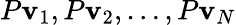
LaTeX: P\mathbf{v}_{1},P\mathbf{v}_{2},\ldots,P\mathbf{v}_{N}